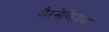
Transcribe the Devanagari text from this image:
मैग्नेलियम